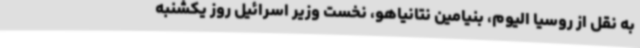
به نقل از روسیا الیوم، بنیامین نتانیاهو، نخست وزیر اسرائیل روز یکشنبه